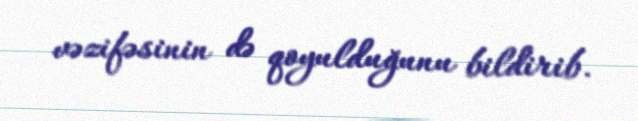
vəzifəsinin də qoyulduğunu bildirib.